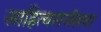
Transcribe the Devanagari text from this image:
साहित्यसर्जसना